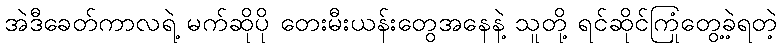
အဲဒီခေတ်ကာလရဲ့ မက်ဆိုပို တေးမီးယန်းတွေအနေနဲ့ သူတို့ ရင်ဆိုင်ကြုံတွေ့ခဲ့ရတဲ့